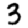
Digit: 3